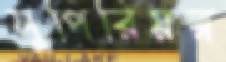
সুপিরিয়র